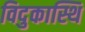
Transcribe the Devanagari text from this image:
विदुकास्थि